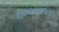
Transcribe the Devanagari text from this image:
हाइपोक्सेमिक